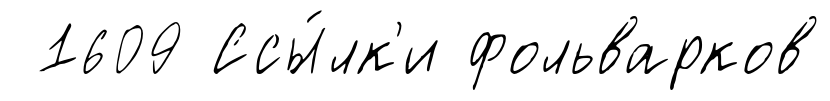
1609 Ссы́лк'и фольварков